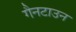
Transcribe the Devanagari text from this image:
गैनटाउन